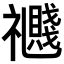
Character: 𥜤